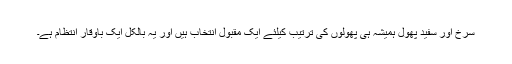
سرخ اور سفید پھول ہمیشہ ہی پھولوں کی ترتیب کیلئے ایک مقبول انتخاب ہیں اور یہ بالکل ایک باوقار انتظام ہے۔